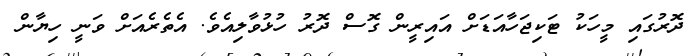
ދޮރުގައި މީހަކު ޓަކިޖަހާއަޑަށް އައިރީން ގޮސް ދޮރު ހުޅުވާލިއެވެ. އެތެރެއަށް ވަނީ ހިޔާން